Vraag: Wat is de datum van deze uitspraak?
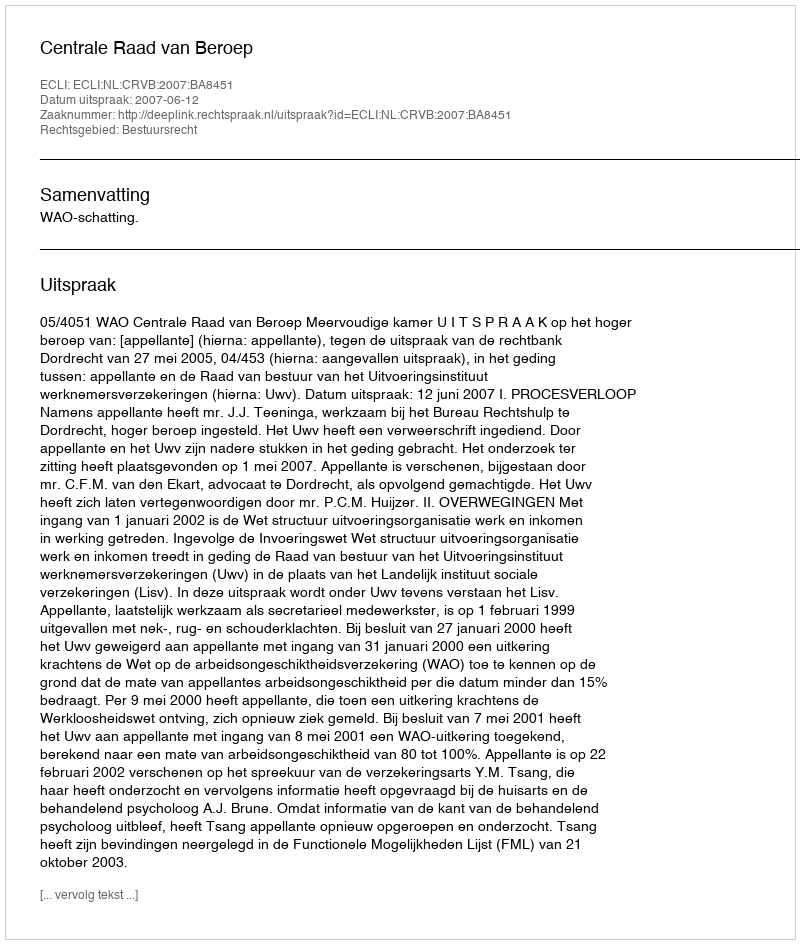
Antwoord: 2007-06-12